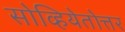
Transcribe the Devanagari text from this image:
सोव्हियेतोत्तर